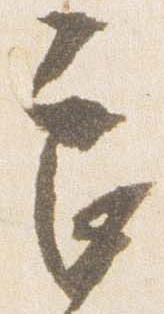
良